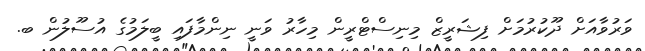
ވަރުވާއަށް ދޫކުރުމަށް ފިޝަރީޒް މިނިސްޓްރީން މިހާރު ވަނީ ނިންމާފައި ބީލަމުގެ އުސޫލުން ބ.